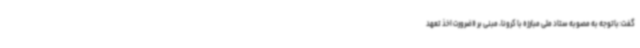
گفت:باتوجه به مصوبه ستاد ملی مبارزه با کرونا، مبنی بر «ضرورت اخذ تعهد